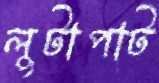
লুটাপাট